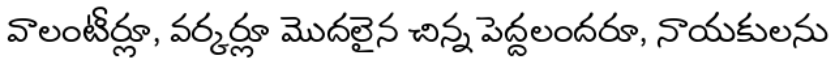
వాలంటీర్లూ, వర్కర్లూ మొదలైన చిన్న పెద్దలందరూ, నాయకులను